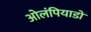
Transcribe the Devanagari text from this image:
ओलंपियाडों